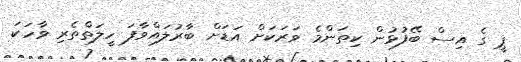
ޕީ ގެ އިސް ބޭފުޅުން ކިތަންމެ ވަރަކަށް އަޑަށް ބާރުލައްވާފަ ހީލަތްތެރި ވާހަކަ